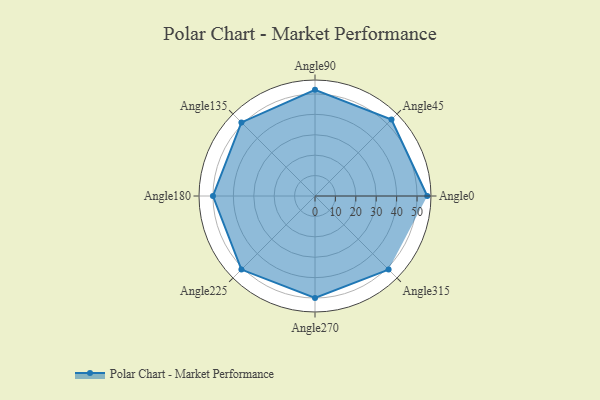
{"axis": {"x": "Angle", "y": "Radius"}, "legend": [""], "data": [{"x": "Angle0", "y": 55.0, "type": ""}, {"x": "Angle45", "y": 53.0, "type": ""}, {"x": "Angle90", "y": 52.0, "type": ""}, {"x": "Angle135", "y": 51.0, "type": ""}, {"x": "Angle180", "y": 50, "type": ""}, {"x": "Angle225", "y": 51.0, "type": ""}, {"x": "Angle270", "y": 50, "type": ""}, {"x": "Angle315", "y": 51.0, "type": ""}]}